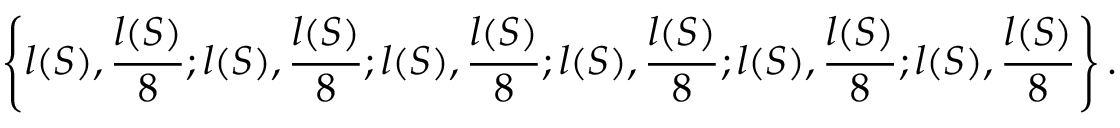
\left\{ l ( S ) , { \frac { l ( S ) } { 8 } } ; l ( S ) , { \frac { l ( S ) } { 8 } } ; l ( S ) , { \frac { l ( S ) } { 8 } } ; l ( S ) , { \frac { l ( S ) } { 8 } } ; l ( S ) , { \frac { l ( S ) } { 8 } } ; l ( S ) , { \frac { l ( S ) } { 8 } } \right\} .